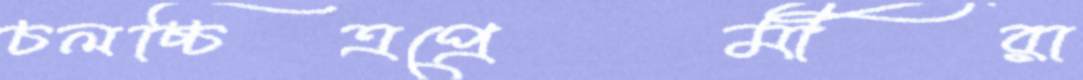
চলচ্চিত্রপ্রেমীরা